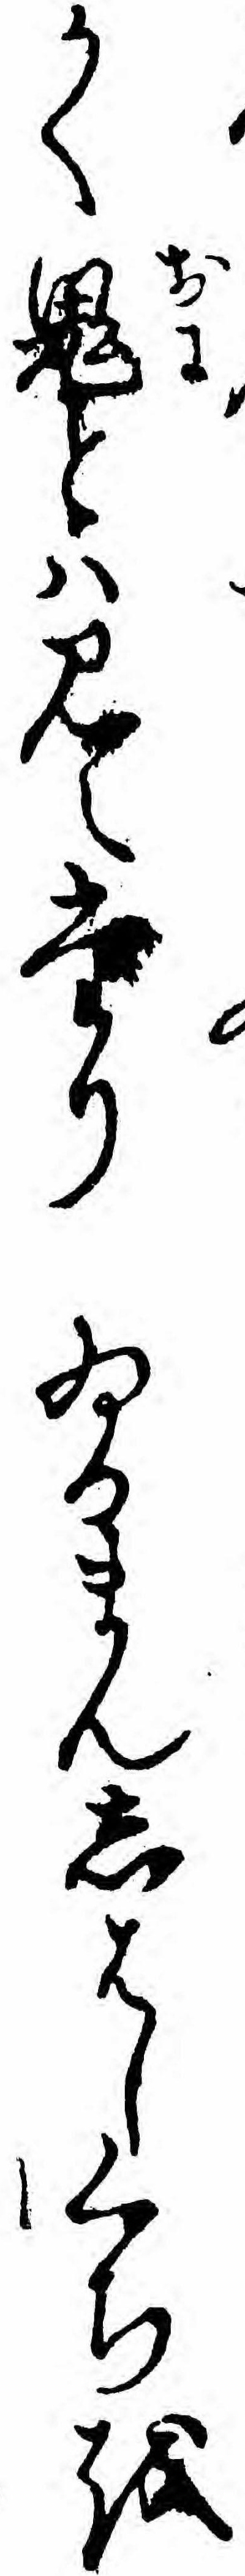
かく鬼とハ見えたりゐるまんしはしくちを